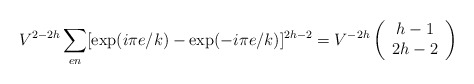
\begin{align*}V^{2-2h}\sum_{en} [\mbox{exp}(i\pi e/k)-\mbox{exp}(-i\pi e/k)]^{2h-2}=V^{-2h}\left(\begin{array}{c}h-1\\2h-2\end{array}\right)\end{align*}